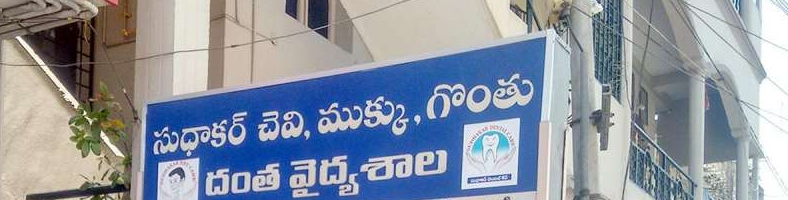
Language: telugu
Transcription: సుదాకర్ చెవి, ముక్కు, గొంతు దంత వైద్య శాల